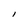
Character: I